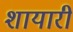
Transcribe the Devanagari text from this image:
शायारी